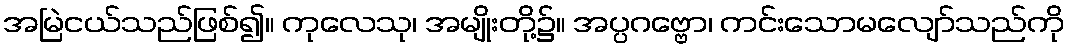
အမြဲငယ်သည်ဖြစ်၍။ ကုလေသု၊ အမျိုးတို့၌။ အပ္ပဂဗ္ဗော၊ ကင်းသောမလျော်သည်ကို